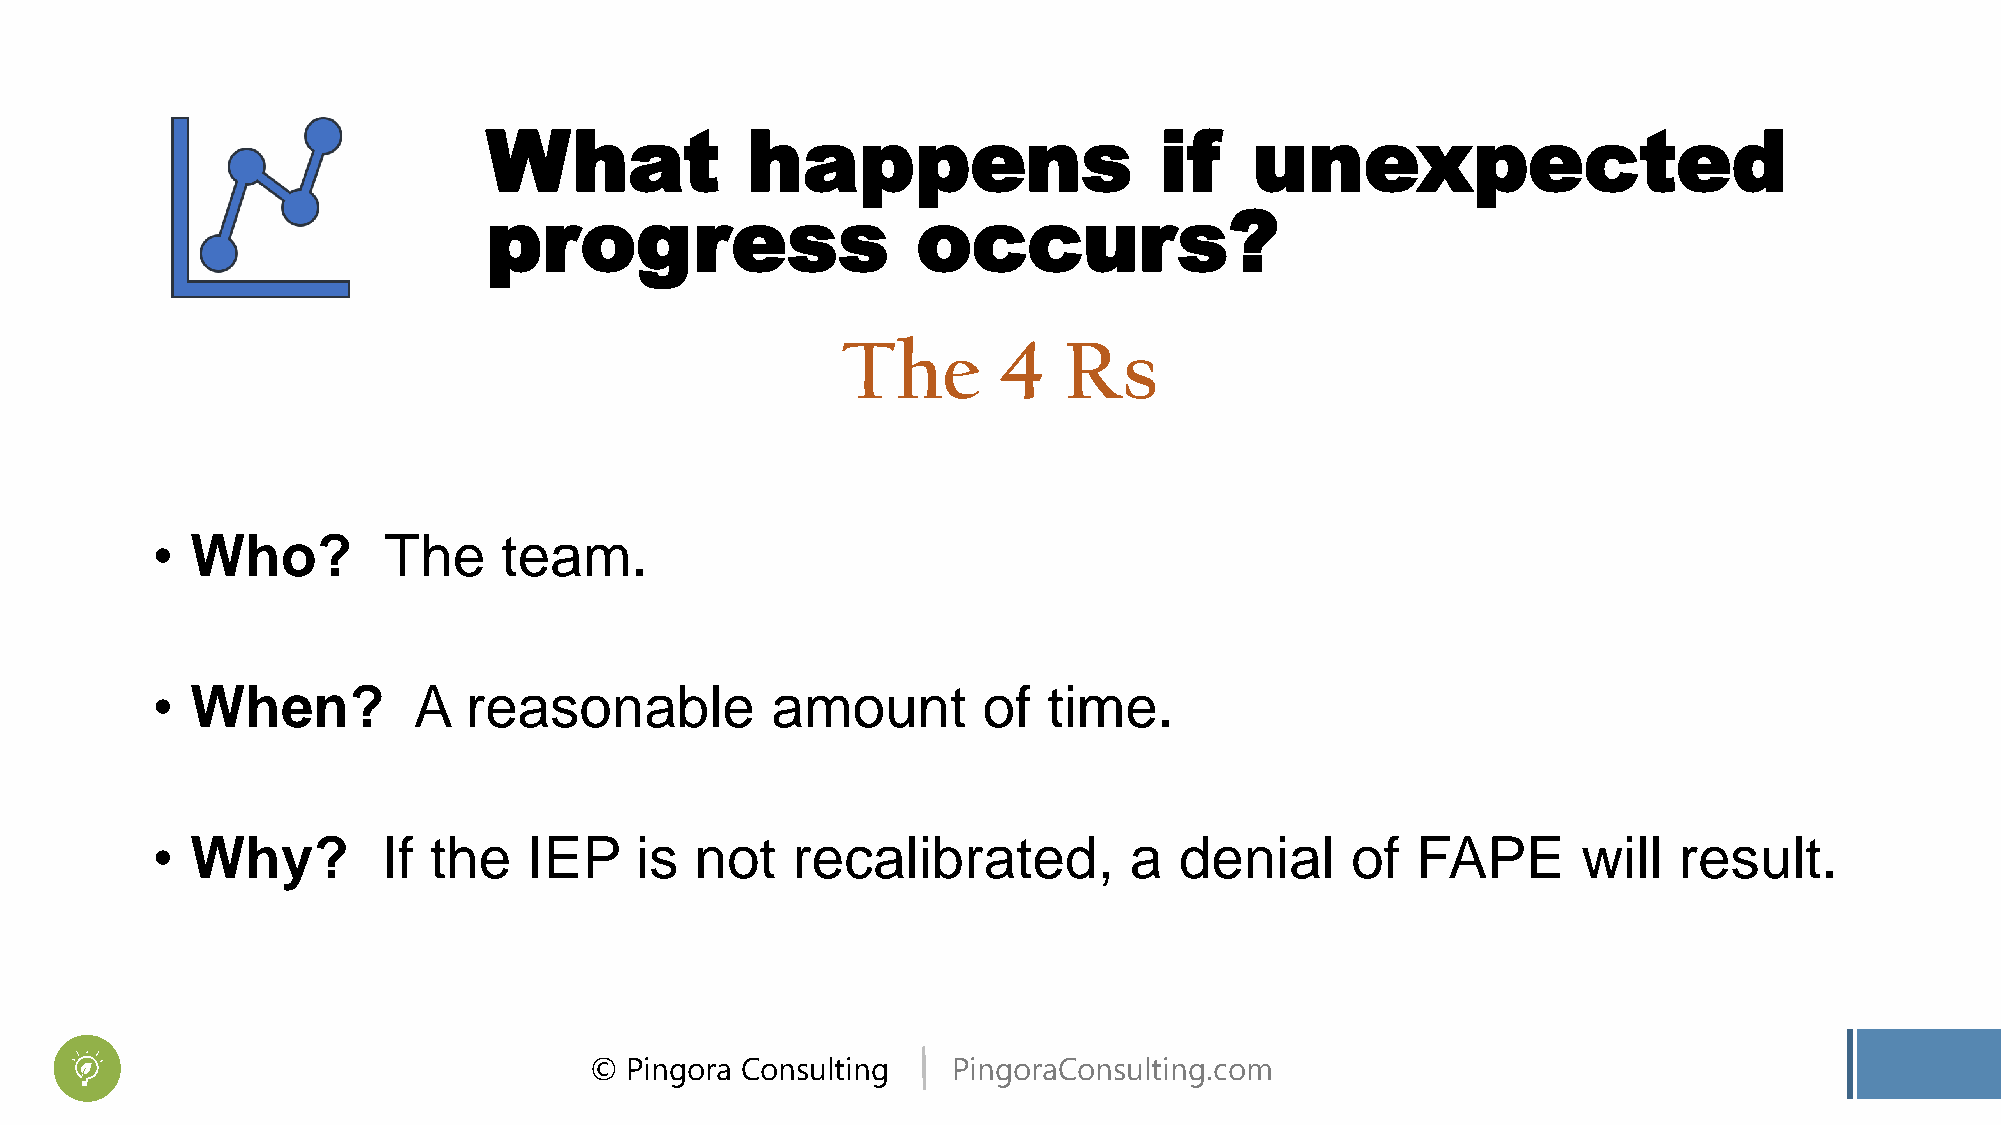
What             happens                     if    unexpected
 progress                     occurs?
 The       4   Rs
 •  Who?        The     team.
 •  When?         A   reasonable          amount        of  time.
 •  Why?        If the    IEP    is  not   recalibrated,          a  denial     of   FAPE       will  result.
 © Pingora Consulting    PingoraConsulting.com